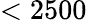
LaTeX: <2500